DOW-UAP-D7, Mission Report, Arabian Gulf, 2020
Agency: Department of War
Page 1
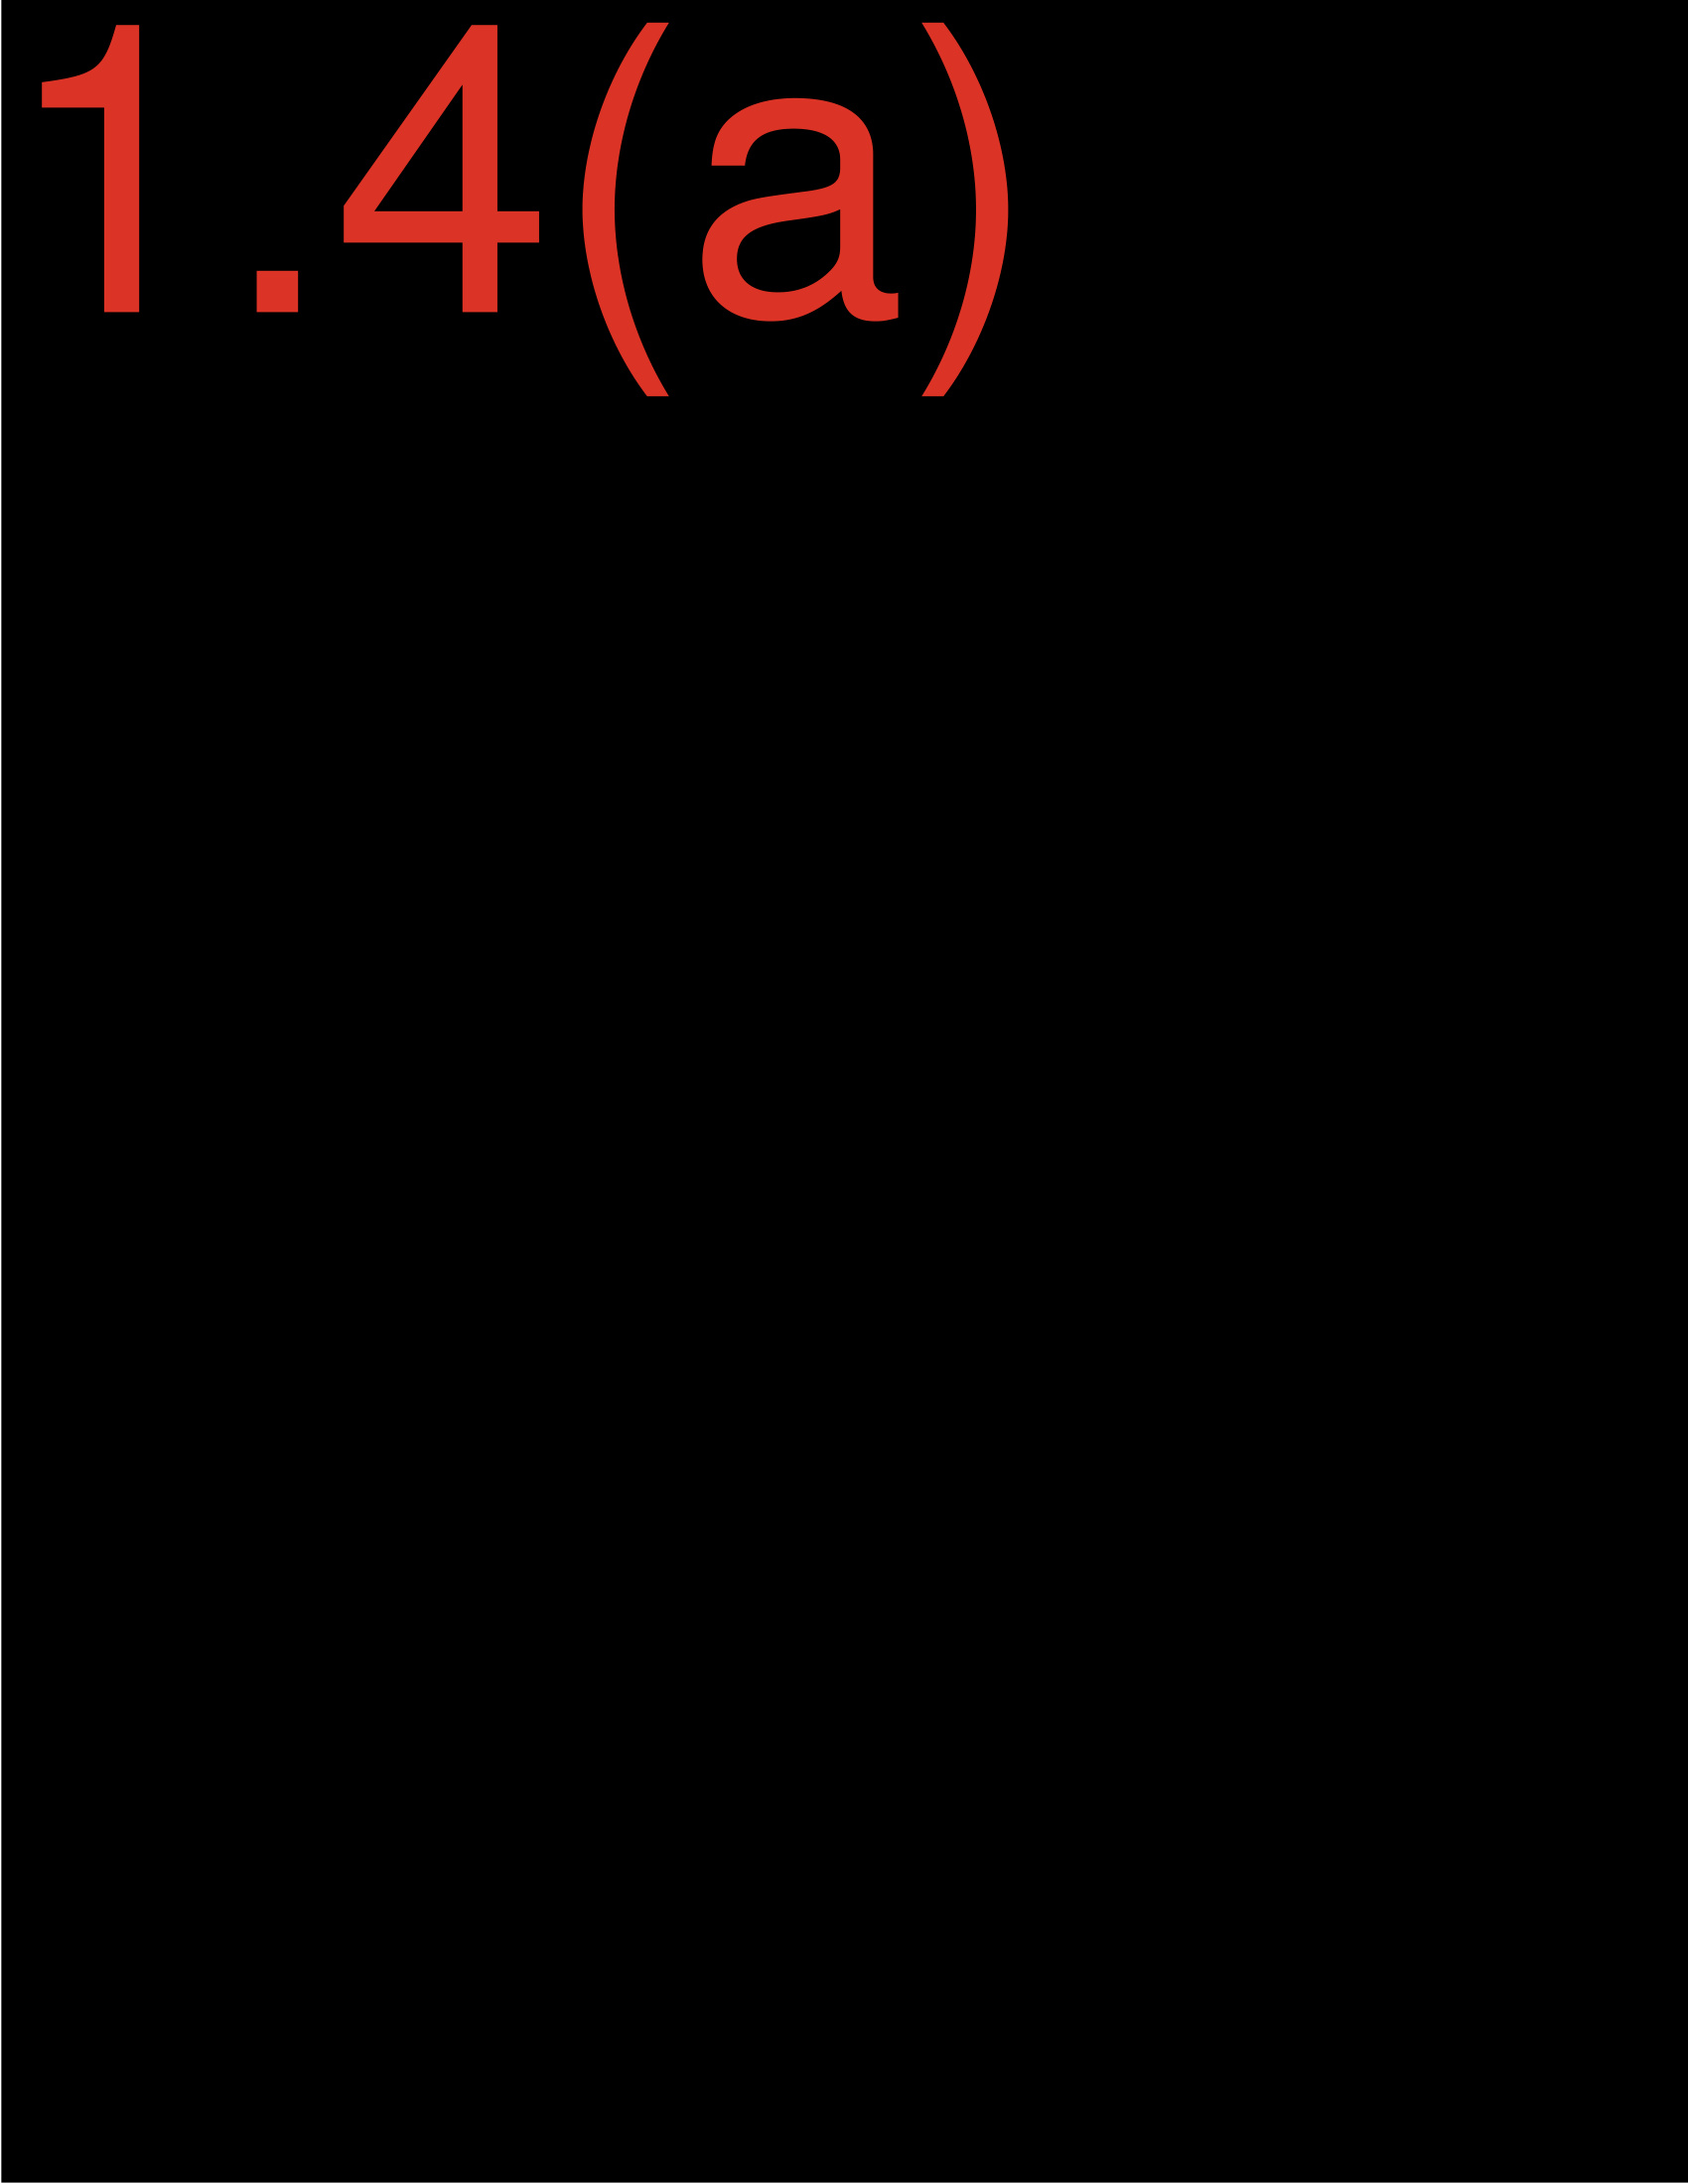